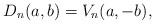
LaTeX: \begin{align*}D_n(a,b)=V_n(a,-b),\end{align*}